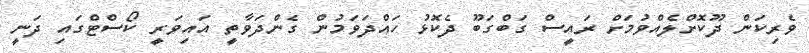
ވެރިކަން ދޫކޮށްލެއްވުމަށް ރައީސް ގަބްގަބޫ ދެކޮޅު ހައްދަވަމުން ގެންދަވާތީ އައިވަރީ ކޯސްޓްގައި ދަނީ